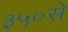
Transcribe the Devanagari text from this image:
३५०से